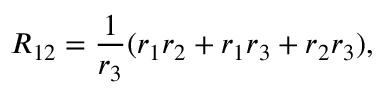
R _ { 1 2 } = { \frac { 1 } { r _ { 3 } } } ( { r _ { 1 } r _ { 2 } + r _ { 1 } r _ { 3 } + r _ { 2 } r _ { 3 } } ) ,